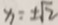
x = \pm \sqrt { 2 }